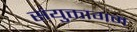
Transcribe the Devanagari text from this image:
संयुक्तागम